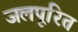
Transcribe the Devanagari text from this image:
जलपूरित